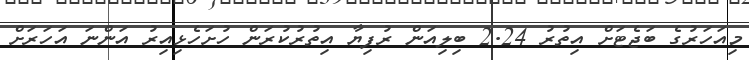
މިއަހަރުގެ ބަޖެޓަށް އިތުރު 2.24 ބިލިއަން ރުފިޔާ އިތުރުކުރަން ހުށަހެޅިއިރު އަންނަ އަހަރަށް